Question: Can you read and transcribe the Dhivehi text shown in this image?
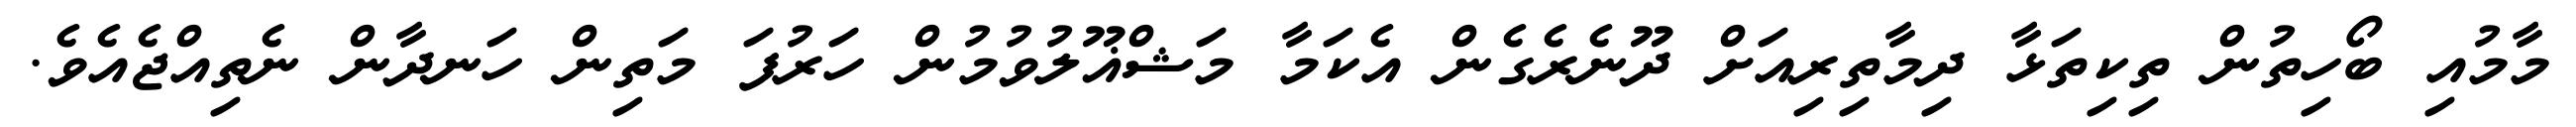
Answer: މާމުއި ބޯހިތުން ތިކިތަޅާ ދިމާތިރިއަށް ދޫނެރެގެން އެކަމާ މަޝްޣޫލުވުމުން ހަރުފަ މަތިން ހަނދާން ނެތިއްޖެއެވެ.